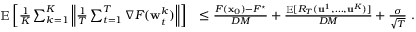
\begin{array} { r l } { \mathop { \mathbb { E } } \left[ \frac { 1 } { K } \sum _ { k = 1 } ^ { K } \left\| \frac { 1 } { T } \sum _ { t = 1 } ^ { T } \nabla F ( { \mathbf w } _ { t } ^ { k } ) \right\| \right] } & { \le \frac { F ( { \mathbf x } _ { 0 } ) - F ^ { \star } } { D M } + \frac { \mathop { \mathbb { E } } [ R _ { T } ( \mathbf { u } ^ { 1 } , \dots , \mathbf { u } ^ { K } ) ] } { D M } + \frac { \sigma } { \sqrt { T } } ~ . } \end{array}